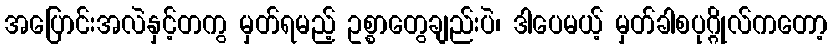
အပြောင်းအလဲနှင့်တကွ မှတ်ရမည့် ဥစ္စာတွေချည်းပဲ၊ ဒါပေမယ့် မှတ်ခါစပုဂ္ဂိုလ်ကတော့